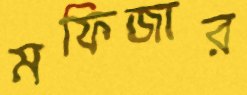
মফিজার